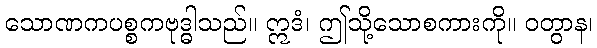
သောဏကပစ္စကဗုဒ္ဓါသည်။ ဣဒံ၊ ဤသို့သောစကားကို။ ဝတွာန၊